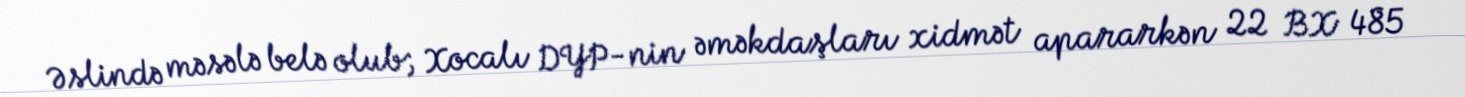
Əslində məsələ belə olub; Xocalı DYP-nin əməkdaşları xidmət apararkən 22 BX 485